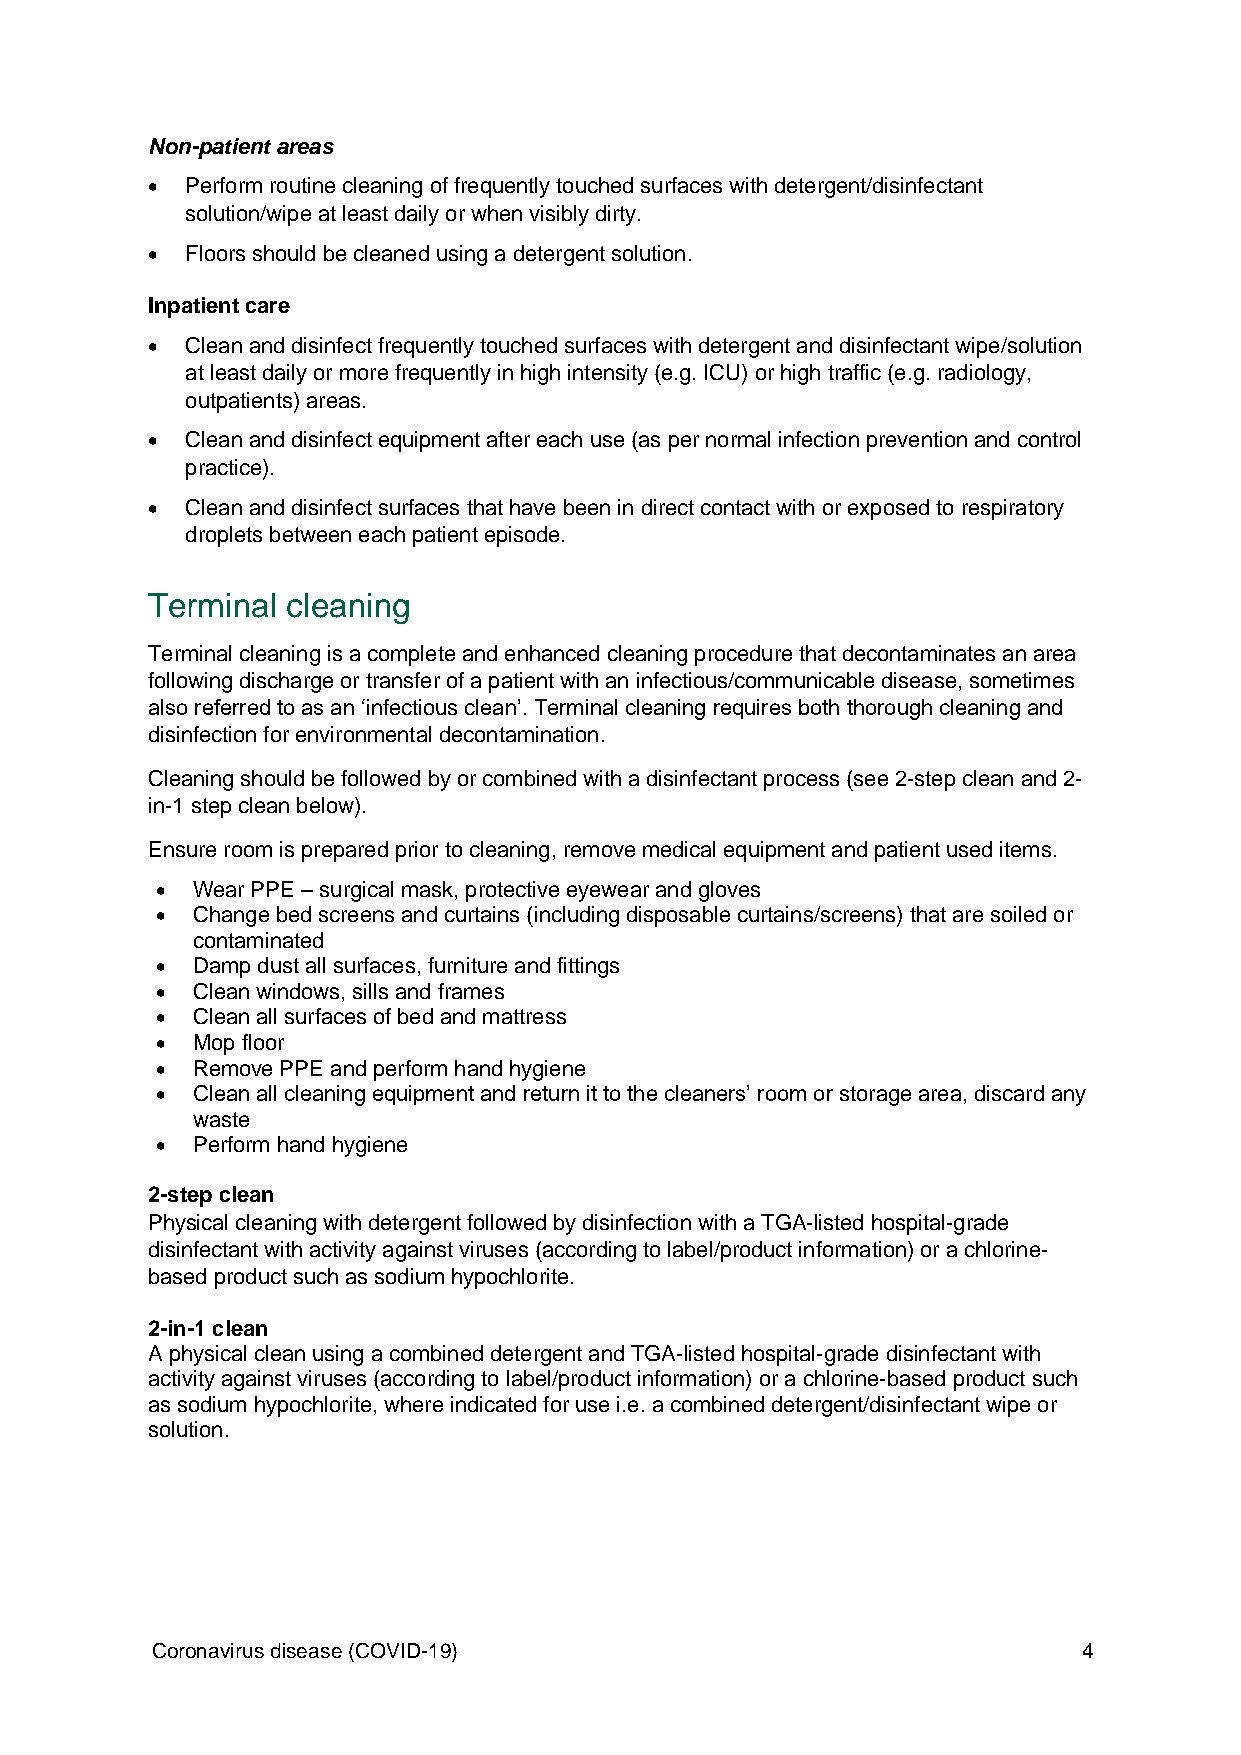
Non-patient areas
  Perform routine cleaning of frequently touched surfaces with detergent/disinfectant
 solution/wipe at least daily or when visibly dirty.
  Floors should be cleaned using a detergent solution.
 Inpatient care
  Clean and disinfect frequently touched surfaces with detergent and disinfectant wipe/solution
 at least daily or more frequently in high intensity (e.g. ICU) or high traffic (e.g. radiology,
 outpatients) areas.
  Clean and disinfect equipment after each use (as per normal infection prevention and control
 practice).
  Clean and disinfect surfaces that have been in direct contact with or exposed to respiratory
 droplets between each patient episode.
 Terminal cleaning
 Terminal cleaning is a complete and enhanced cleaning procedure that decontaminates an area
 following discharge or transfer of a patient with an infectious/communicable disease, sometimes
 also referred to as an ‘infectious clean’. Terminal cleaning requires both thorough cleaning and
 disinfection for environmental decontamination.
 Cleaning should be followed by or combined with a disinfectant process (see 2-step clean and 2-
 in-1 step clean below).
 Ensure room is prepared prior to cleaning, remove medical equipment and patient used items.
   Wear PPE – surgical mask, protective eyewear and gloves
   Change bed screens and curtains (including disposable curtains/screens) that are soiled or
 contaminated
   Damp dust all surfaces, furniture and fittings
   Clean windows, sills and frames
   Clean all surfaces of bed and mattress
   Mop floor
   Remove PPE and perform hand hygiene
   Clean all cleaning equipment and return it to the cleaners’ room or storage area, discard any
 waste
   Perform hand hygiene
 2-step clean
 Physical cleaning with detergent followed by disinfection with a TGA-listed hospital-grade
 disinfectant with activity against viruses (according to label/product information) or a chlorine-
 based product such as sodium hypochlorite.
 2-in-1 clean
 A physical clean using a combined detergent and TGA-listed hospital-grade disinfectant with
 activity against viruses (according to label/product information) or a chlorine-based product such
 as sodium hypochlorite, where indicated for use i.e. a combined detergent/disinfectant wipe or
 solution.
 Coronavirus disease (COVID-19)                                4